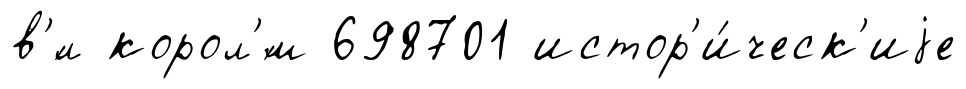
в'́л корол'́м 698701 истор'и́ческ'иjе